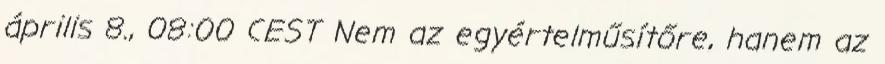
április 8., 08:00 CEST Nem az egyértelműsítőre, hanem az